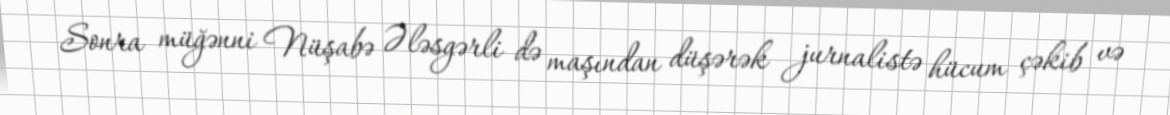
Sonra müğənni Nüşabə Ələsgərli də maşından düşərək jurnalistə hücum çəkib və